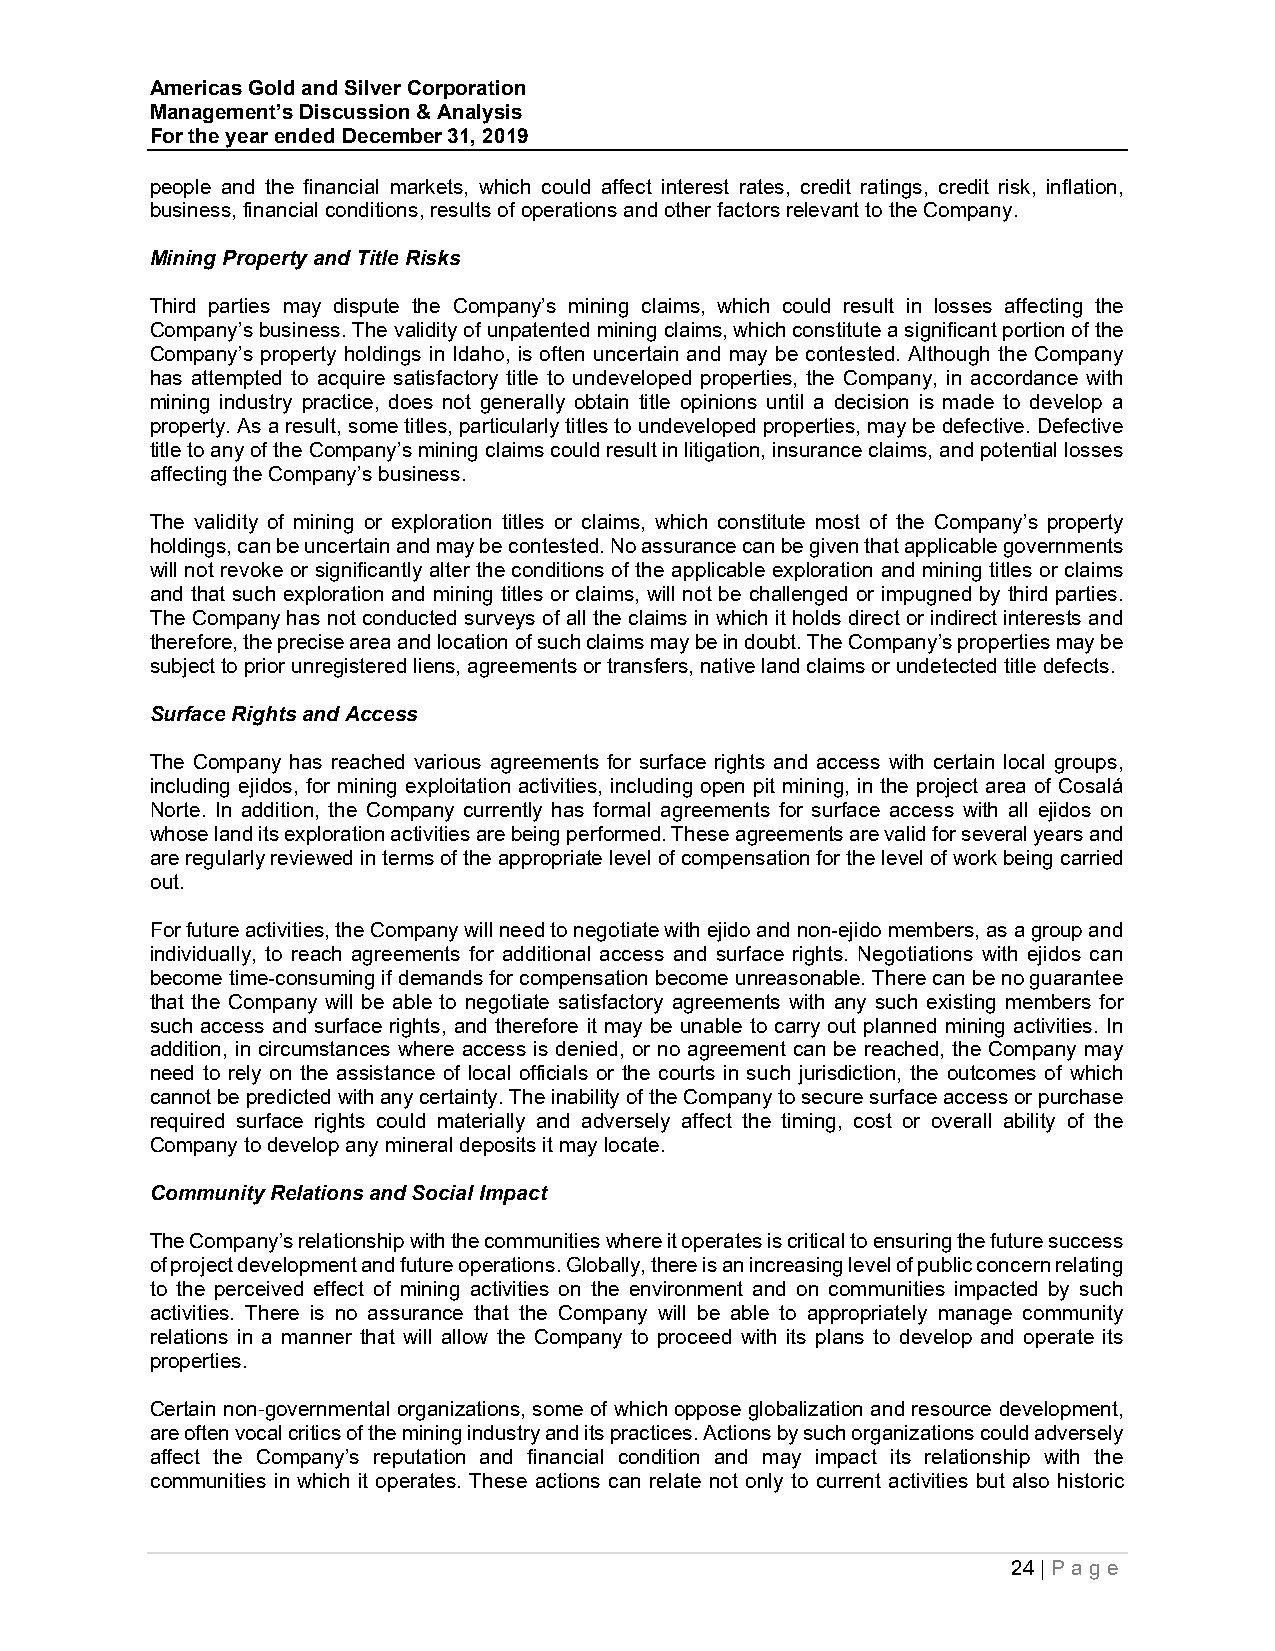
Americas Gold and Silver Corporation
 Management’s Discussion & Analysis
 For the year ended December 31, 2019
 people and the financial markets, which could affect interest rates, credit ratings, credit risk, inflation,
 business, financial conditions, results of operations and other factors relevant to the Company.
 Mining Property and Title Risks
 Third parties may dispute the Company’s mining claims, which could result in losses affecting the
 Company’s business. The validity of unpatented mining claims, which constitute a significant portion of the
 Company’s property holdings in Idaho, is often uncertain and may be contested. Although the Company
 has attempted to acquire satisfactory title to undeveloped properties, the Company, in accordance with
 mining industry practice, does not generally obtain title opinions until a decision is made to develop a
 property. As a result, some titles, particularly titles to undeveloped properties, may be defective. Defective
 title to any of the Company’s mining claims could result in litigation, insurance claims, and potential losses
 affecting the Company’s business.
 The validity of mining or exploration titles or claims, which constitute most of the Company’s property
 holdings, can be uncertain and may be contested. No assurance can be given that applicable governments
 will not revoke or significantly alter the conditions of the applicable exploration and mining titles or claims
 and that such exploration and mining titles or claims, will not be challenged or impugned by third parties.
 The Company has not conducted surveys of all the claims in which it holds direct or indirect interests and
 therefore, the precise area and location of such claims may be in doubt. The Company’s properties may be
 subject to prior unregistered liens, agreements or transfers, native land claims or undetected title defects.
 Surface Rights and Access
 The Company has reached various agreements for surface rights and access with certain local groups,
 including ejidos, for mining exploitation activities, including open pit mining, in the project area of Cosalá
 Norte. In addition, the Company currently has formal agreements for surface access with all ejidos on
 whose land its exploration activities are being performed. These agreements are valid for several years and
 are regularly reviewed in terms of the appropriate level of compensation for the level of work being carried
 out.
 For future activities, the Company will need to negotiate with ejido and non-ejido members, as a group and
 individually, to reach agreements for additional access and surface rights. Negotiations with ejidos can
 become time-consuming if demands for compensation become unreasonable. There can be no guarantee
 that the Company will be able to negotiate satisfactory agreements with any such existing members for
 such access and surface rights, and therefore it may be unable to carry out planned mining activities. In
 addition, in circumstances where access is denied, or no agreement can be reached, the Company may
 need to rely on the assistance of local officials or the courts in such jurisdiction, the outcomes of which
 cannot be predicted with any certainty. The inability of the Company to secure surface access or purchase
 required surface rights could materially and adversely affect the timing, cost or overall ability of the
 Company to develop any mineral deposits it may locate.
 Community Relations and Social Impact
 The Company’s relationship with the communities where it operates is critical to ensuring the future success
 of project development and future operations. Globally, there is an increasing level of public concern relating
 to the perceived effect of mining activities on the environment and on communities impacted by such
 activities. There is no assurance that the Company will be able to appropriately manage community
 relations in a manner that will allow the Company to proceed with its plans to develop and operate its
 properties.
 Certain non‐governmental organizations, some of which oppose globalization and resource development,
 are often vocal critics of the mining industry and its practices. Actions by such organizations could adversely
 affect the Company’s reputation and financial condition and may impact its relationship with the
 communities in which it operates. These actions can relate not only to current activities but also historic
 24 | P ag e